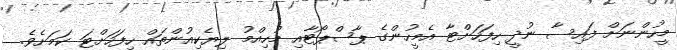
މީހުންނަށް ފައިސާ ނުދީ ހިފަހަށްޓާ އެމީހުންގެ ޕާސްޕޯޓާއި މުހިއްމު ލިޔެކިއުންތައް ހިފަހަށްޓަ ކަމަށެވެ.